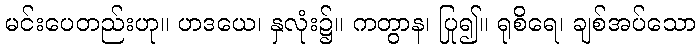
မင်းပေတည်းဟု။ ဟဒယေ၊ နှလုံး၌။ ကတွာန၊ ပြု၍။ ရုစိရေ၊ ချစ်အပ်သော